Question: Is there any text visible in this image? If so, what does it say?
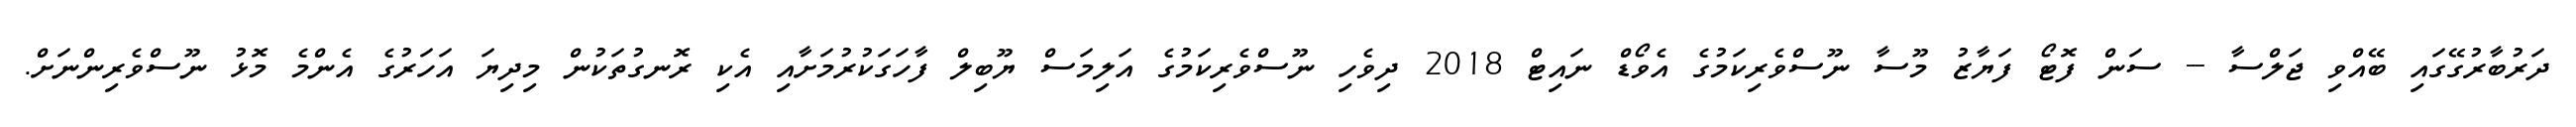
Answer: ދަރުބާރުގޭގައި ބޭއްވި ޖަލްސާ -- ސަން ފޮޓޯ ފަޔާޒު މޫސާ ނޫސްވެރިކަމުގެ އެވޯޑް ނައިޓް 2018 ދިވެހި ނޫސްވެރިކަމުގެ އަލިމަސް ޔޫބިލް ފާހަގަކުރުމަށާއި އެކި ރޮނގުތަކުން މިދިޔަ އަހަރުގެ އެންމެ މޮޅު ނޫސްވެރިންނަށް.